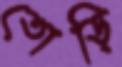
তোড়ি